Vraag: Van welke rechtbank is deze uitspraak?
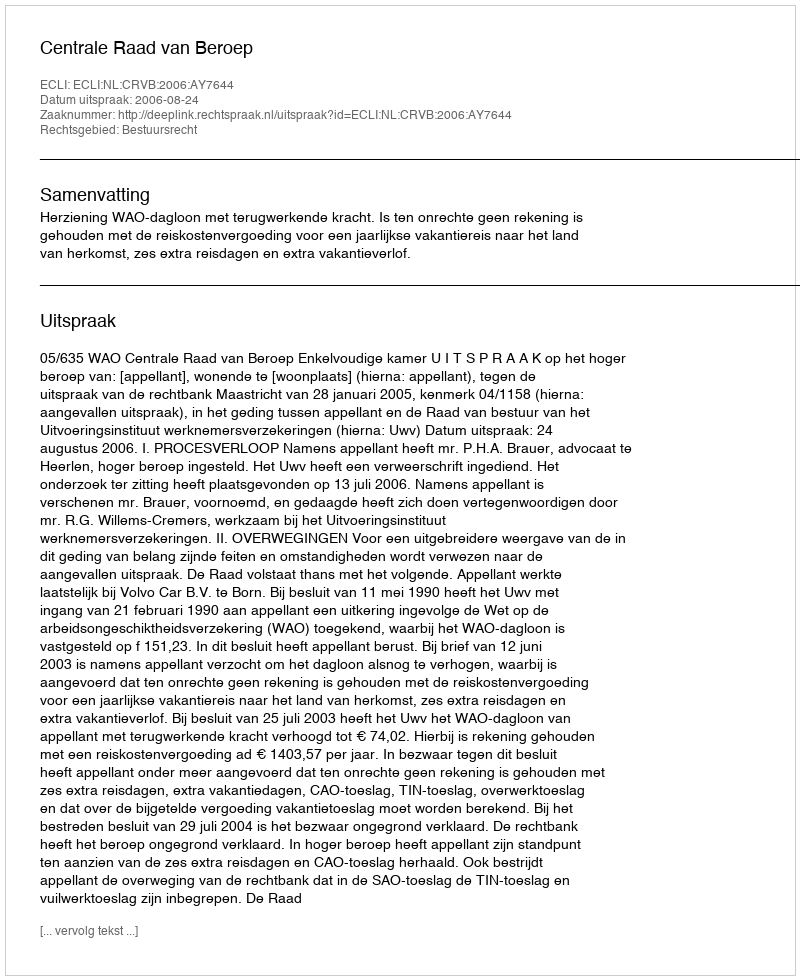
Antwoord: Centrale Raad van Beroep